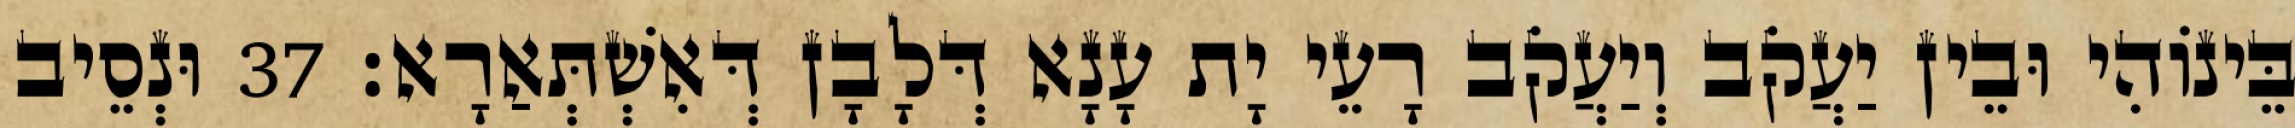
בֵּינוֹהִי וּבֵין יַעֲקֹב וְיַעֲקֹב רָעֵי יָת עָנָא דְּלָבָן דְּאִשְׁתְּאַרָא׃ 37 וּנְסֵיב